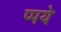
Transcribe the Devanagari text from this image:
प्पये